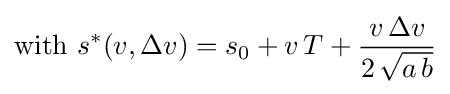
{\text{with }}s^{*}(v,\Delta v)=s_{0}+v\,T+{\frac {v\,\Delta v}{2\,{\sqrt {a\,b}}}}